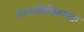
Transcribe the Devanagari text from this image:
नानाविधिरूपता